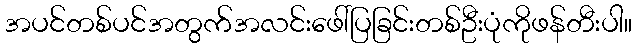
အပင်တစ်ပင်အတွက်အလင်းဖေါ်ပြခြင်းတစ်ဦးပုံကိုဖန်တီးပါ။